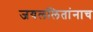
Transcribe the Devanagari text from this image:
जयललितांनाच